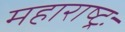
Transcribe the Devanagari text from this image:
महाराष्ट्रः